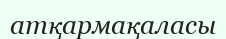
атқармақаласы